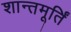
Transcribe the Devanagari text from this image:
शान्तमूर्तिं